342_HS1-416511228_319.1 Flying Discs 1949
Agency: Department of War
Incident date: 1/9/50
Page 118
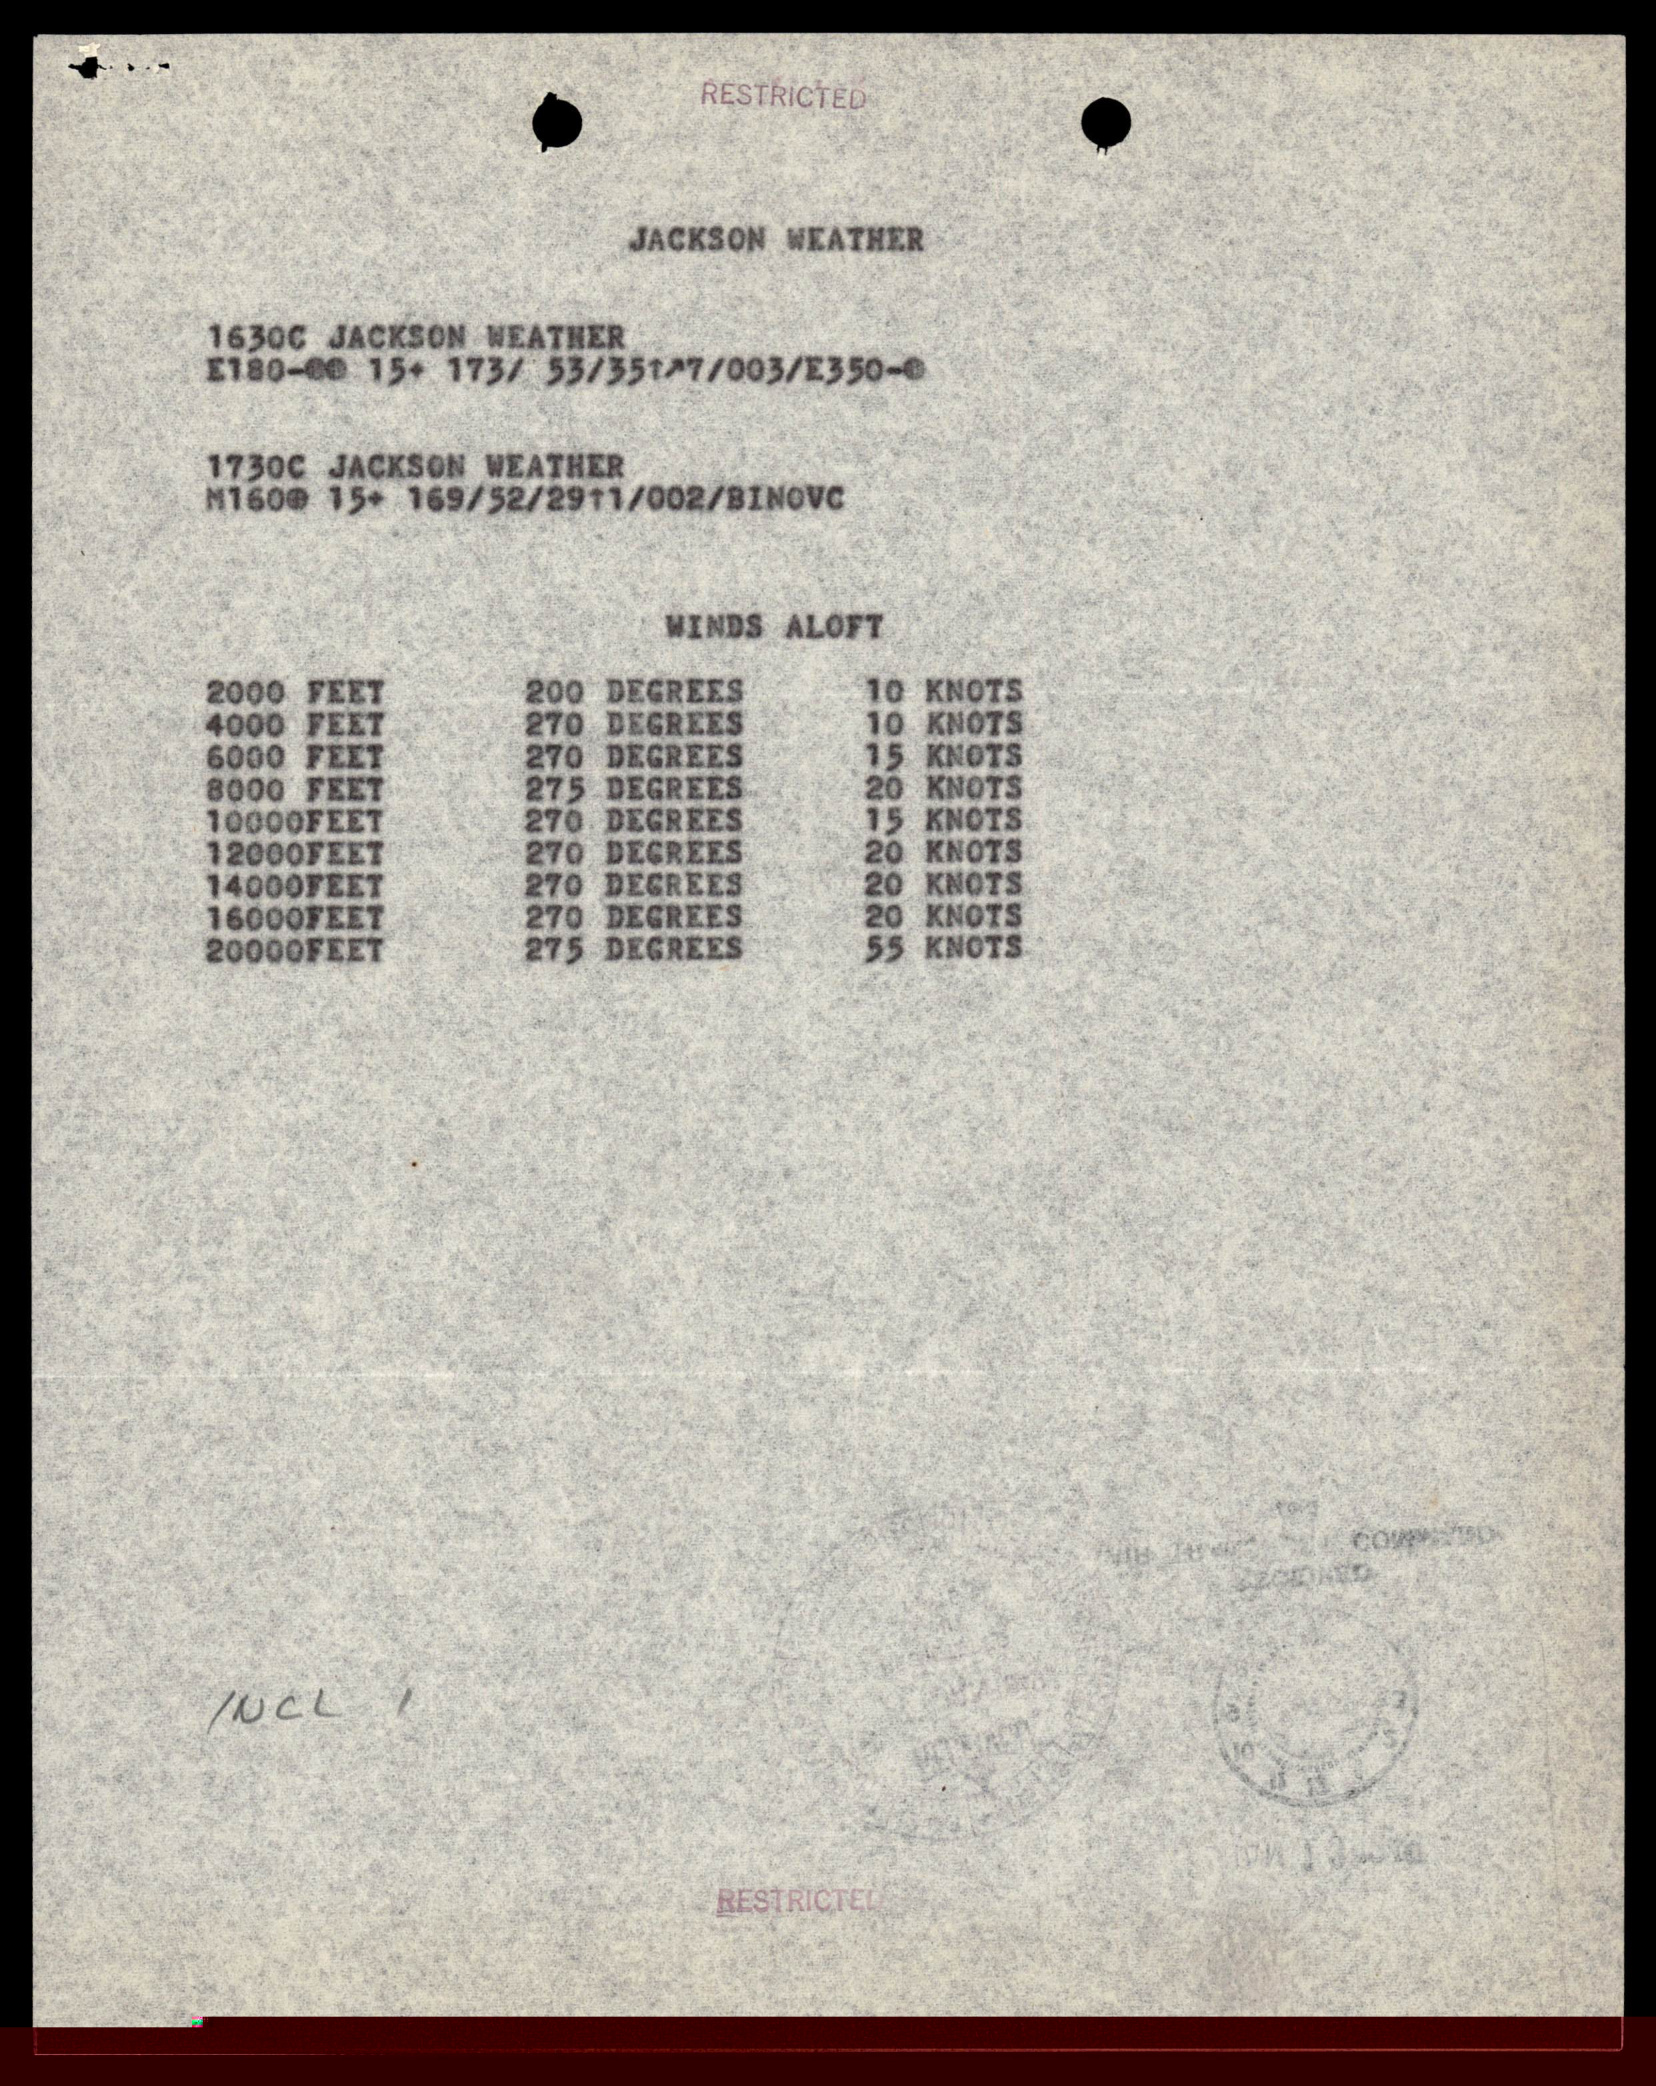